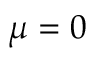
\mu = 0